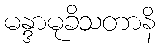
မန္ဒာမုခိသတာနိ